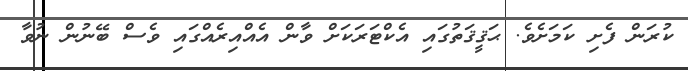
ކުރަން ފެށި ކަމަށެވެ. ޙަޤީޤަތުގައި އެކްޓަރަކަށް ވާން އެއްއިރެއްގައި ވެސް ބޭނުން ނުވާ